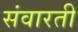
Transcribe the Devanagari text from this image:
संवारती